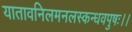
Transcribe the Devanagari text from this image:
यातावनिलमनलस्कन्धवपुषः।।